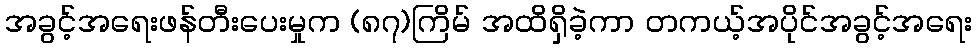
အခွင့်အရေးဖန်တီးပေးမှုက (၈၇)ကြိမ် အထိရှိခဲ့ကာ တကယ့်အပိုင်အခွင့်အရေး